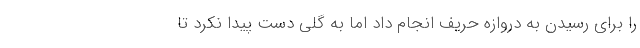
را برای رسیدن به دروازه حریف انجام داد اما به گلی دست پیدا نکرد تا